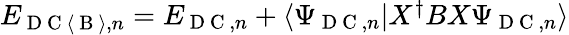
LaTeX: \begin{array}{r}{E_{\mathrm{~D~C~}\langle\mathrm{~B~}\rangle,n}=E_{\mathrm{~D~C~},n}+\langle\Psi_{\mathrm{~D~C~},n}|X^{\dagger}BX\Psi_{\mathrm{~D~C~},n}\rangle}\end{array}